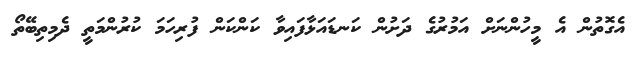
އެގޮތުން އެ މީހުންނަށް އަމުރުގެ ދަށުން ކަނޑައަޅާފައިވާ ކަންކަން ފުރިހަމަ ކުރުންމަތީ ދެމިތިބޭތޯ